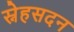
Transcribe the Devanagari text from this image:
स्नेहसदन